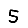
Digit: 5